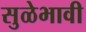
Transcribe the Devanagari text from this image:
सुळेभावी